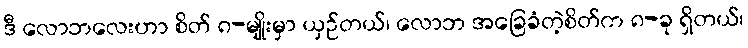
ဒီ လောဘလေးဟာ စိတ် ၈-မျိုးမှာ ယှဉ်တယ်၊ လောဘ အခြေခံတဲ့စိတ်က ၈-ခု ရှိတယ်၊